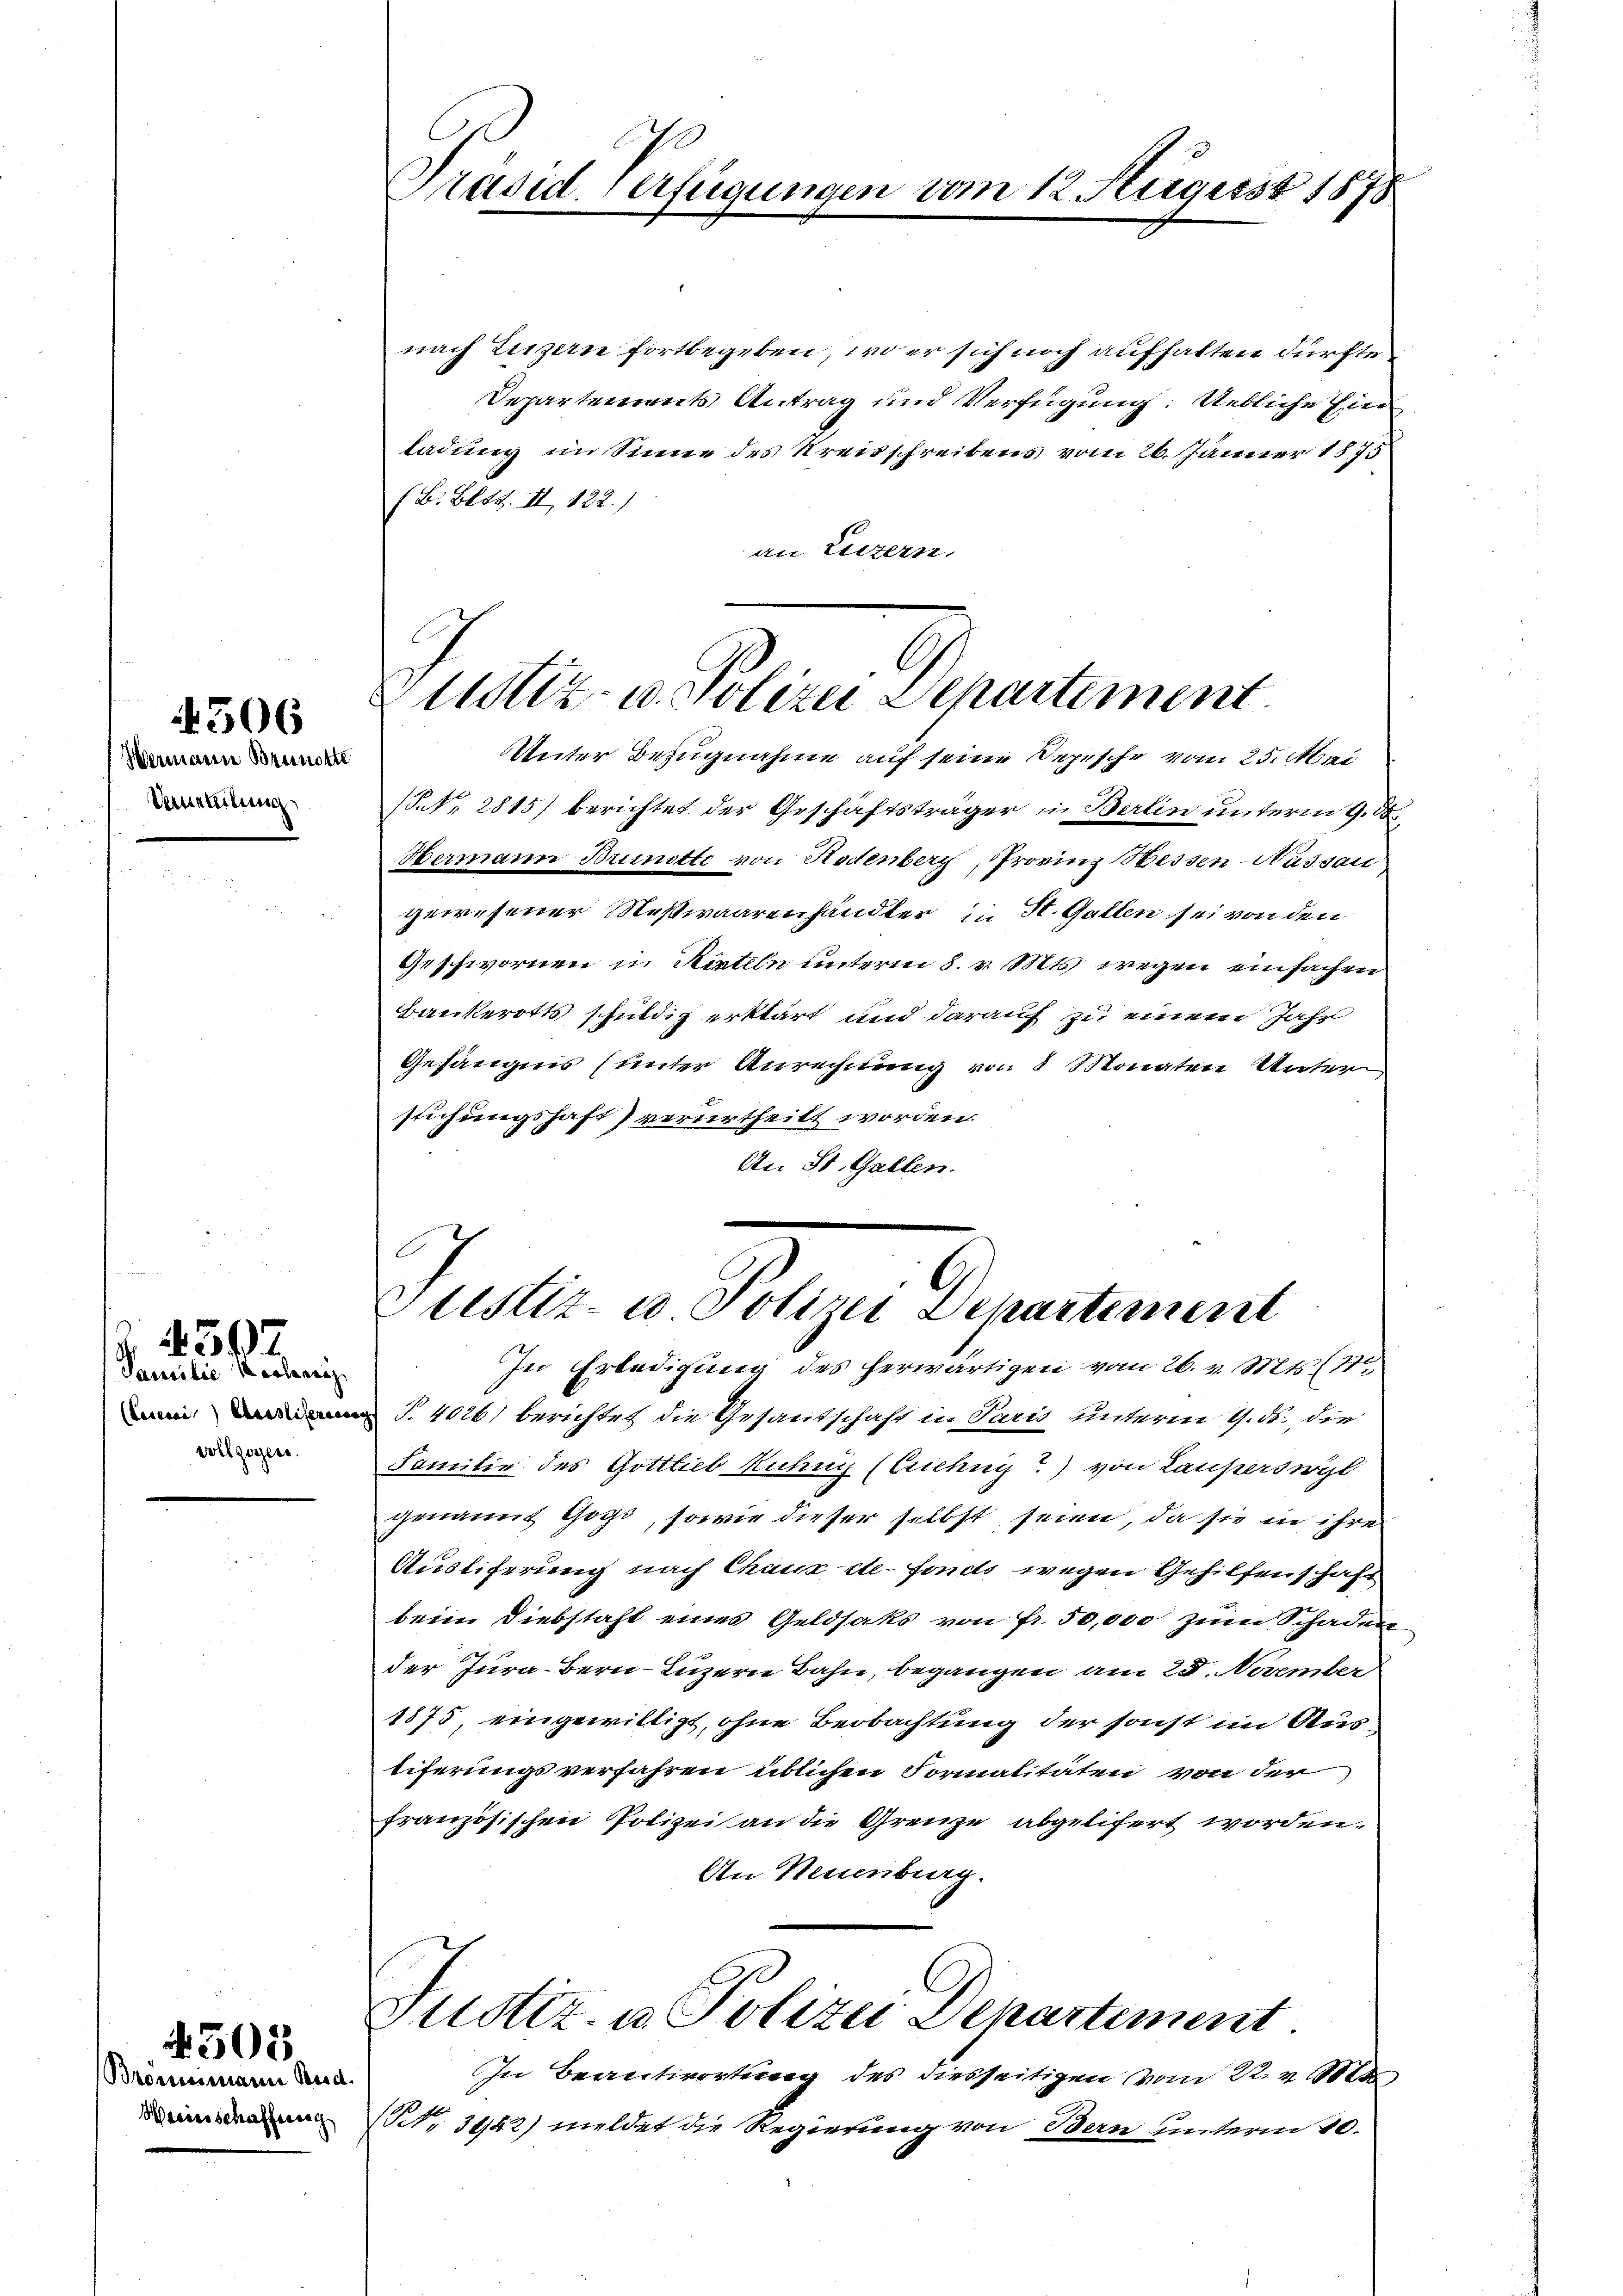
Wermann Brunotte
Sammlung

4506

4507

Familie Rechanz
(Licenci) Ebensliferiren
vollzogen.

4503

Brömimann Rud.
Beeinschaffung

Präsid Verfügungen

vom 12. August 1878

nach Luzern fortbegeben, wo er sich noch aufhalten dürfte.
Departements Antrag und Verfügung: Uebliche Ein
ladung im Sinne des Kreisschreibens vom 26. Jänner 1875
/ B. Bett. II 122.)
an Luzern,
6

ustiz- u. Polizei Departement
Unter Bezugnahme auf seine Depesche vom 25. Mai

(Nr. 2815) berichtet der Geschäftsträger in Balin unterm 9. d.
Hermann Brunstte von Hodenberg, Provinz Hessen-Nassau
gewesener Nesswaarenhändter in St. Gallen sei von den
Geschwornen in Rinteln unterm 8. v. Mts. wegen einfachen
Bankerotts schuldig erklärt und darauf zu einem Jahr
Gefängnis (unter Anrechnung von 8 Monaten Unter
stichungshaft) verurtheilt worden.
An St. Gallen.

Justiz- u Polizei Departement
In Erledigung des herwärtigen vom 26. v. Mts. (71

T. 4026) berichtet die Gesantschaft in Paris unterm 9. ds., die
Familie des Gottlieb Kuhny (Cuehny?) von Lauperswyl
genannt Gos, sowie dieser selbst seien, da sie in ihre
Austiferung nach Chaux-de-Fonds wegen Gehilfenschaft
bein Diebstaft eines Geldsaks von Fr. 50,000 zum Schaden
der Jura Bern Luzern Bahn, begangen am 28. November
1875 eingewilligt, ohne Beobachtung der sonst im Austiferungsverfahren üblichen Formalitäten von der
französischen Polizei an die Grenze abgelifert worden.
An Neuenburg.
Justiz- u Polizei Departiment
In Beantwortung des diesseitigen vom 22. v. Mts
NNo 3452) meldet die Regierung von Bern unterm 20.